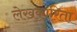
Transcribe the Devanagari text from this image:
लेखकारिता